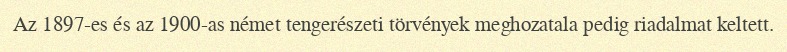
Az 1897-es és az 1900-as német tengerészeti törvények meghozatala pedig riadalmat keltett.